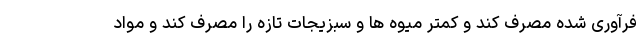
فرآوری شده مصرف کند و کمتر میوه ها و سبزیجات تازه را مصرف کند و مواد